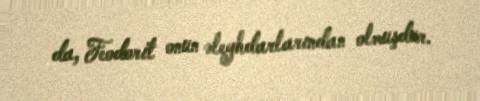
da, Feodorit onun əleyhdarlarından olmuşdur.